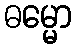
ဓမ္မော